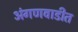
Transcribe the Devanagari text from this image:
अंगणवाडीत